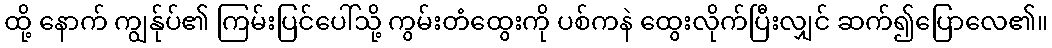
ထို့ နောက် ကျွန်ုပ်၏ ကြမ်းပြင်ပေါ်သို့ ကွမ်းတံထွေးကို ပစ်ကနဲ ထွေးလိုက်ပြီးလျှင် ဆက်၍ပြောလေ၏။